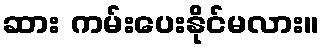
ဆား ကမ်းပေးနိုင်မလား။